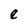
Character: e